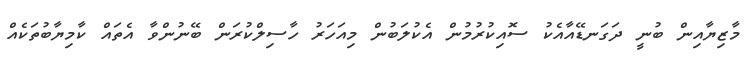
މާޒިޔާއިން ބުނީ ދަގަނޑޭއާއެކު ސޮއިކުރުމުން އެކުލަބުން މިއަހަރު ހާސިލްކުރަން ބޭނުންވާ އެތައް ކާމިޔާބުތަކެއް